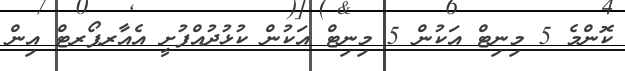
ކޮންމެ 5 މިނިޓް އަކުން 5 މިނިޓް އަކުން ކުޅުދުއްފުށީ އެއާރޕޯރޓް އިން